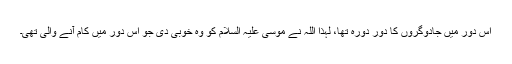
اس دور میں جادوگروں کا دور دورہ تھا، لہذا اللہ نے موسیٰ علیہ السلام کو وہ خوبی دی جو اس دور میں کام آنے والی تھی۔